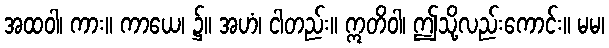
အထဝါ၊ ကား။ ကာယေ၊ ၌။ အဟံ၊ ငါတည်း။ ဣတိဝါ၊ ဤသို့လည်းကောင်း။ မမ၊